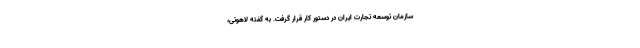
سازمان توسعه تجارت ایران در دستور کار قرار گرفت. به گفته لاهوتی،